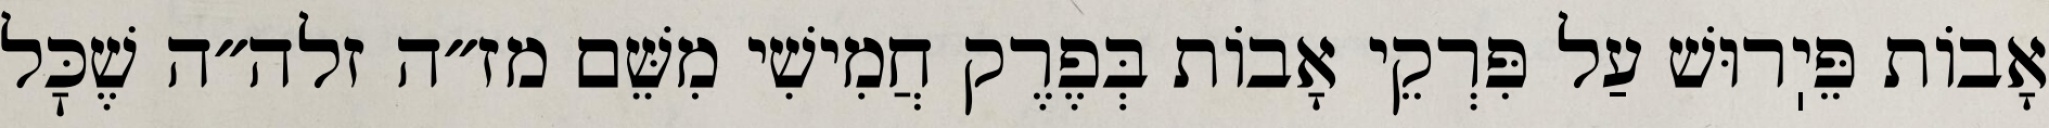
אָבוֹת פֵּיֽרוּשׁ עַל פִּרְקֵי אָבוֹת בְּפֶרֶק חֲמִישִׁי מִשֵּׁם מז״ה זלה״ה שֶׁכׇּל